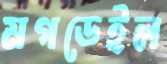
মগডেইল